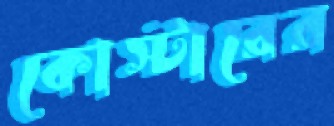
কোস্টারের